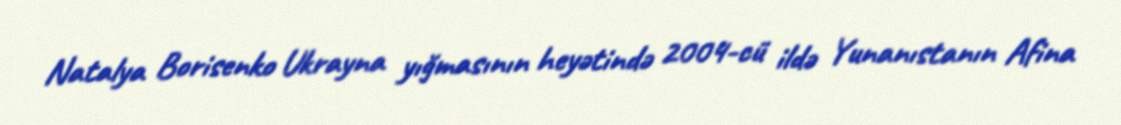
Natalya Borisenko Ukrayna yığmasının heyətində 2004-cü ildə Yunanıstanın Afina